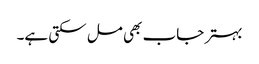
بہتر جاب بھی مل سکتی ہے۔